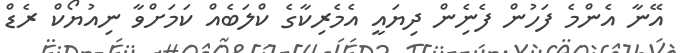
އޭނާ އެންމެ ފަހުން ފެނިެން ދިޔައީ އެމެރިކާގެ ކްލަބެއް ކަމަށްވާ ނިއުޔޯކް ރެޑް